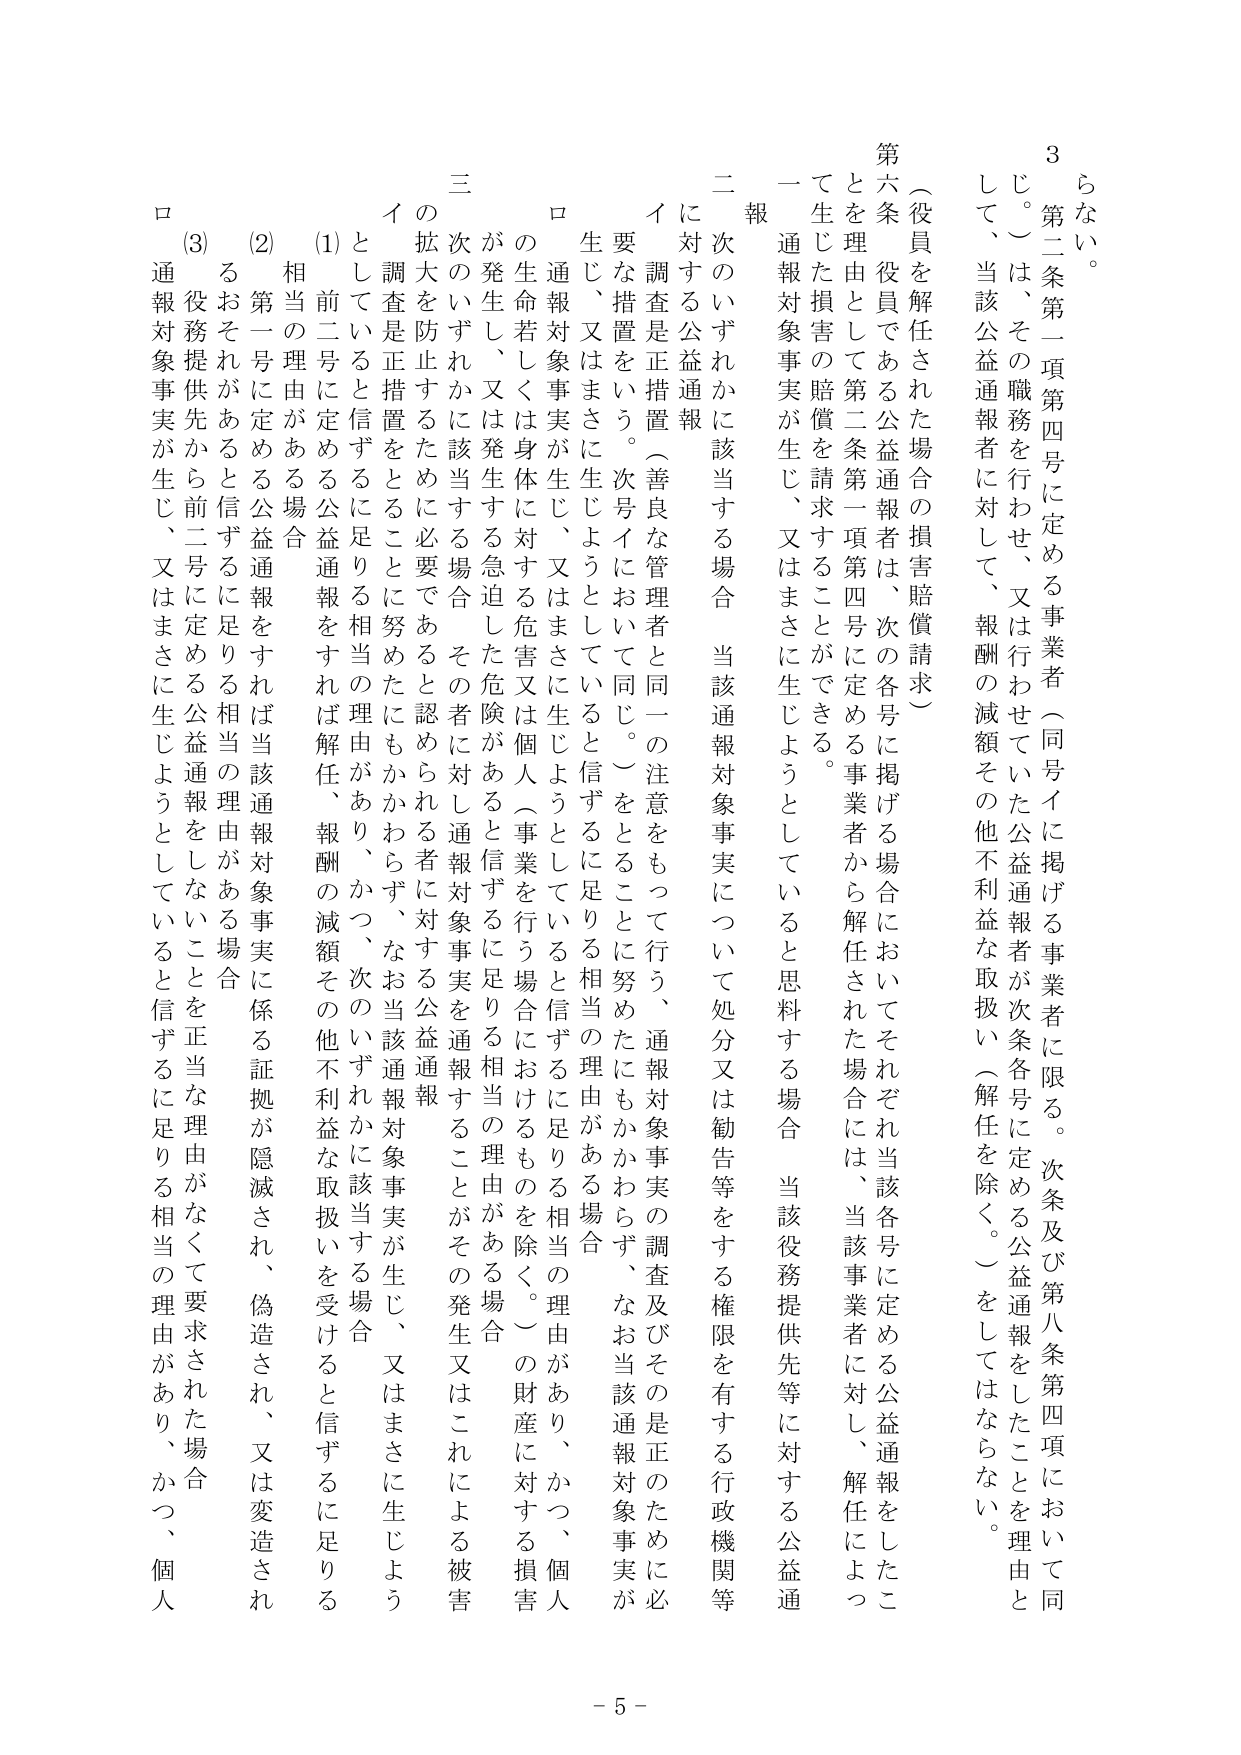
らない。

３ 第二条第一項第四号に定める事業者（同号イに掲げる事業者に限る。次条及び第八条第四項において同じ。）は、その職務を行わせ、又は行わせていた公益通報者が次条各号に定める公益通報をしたことを理由として、当該公益通報者に対して、報酬の減額その他不利益な取扱い（解任を除く。）をしてはならない。

（役員を解任された場合の損害賠償請求）

第六条 役員である公益通報者は、次の各号に掲げる場合においてそれぞれ当該各号に定める公益通報をしたことを理由として第二条第一項第四号に定める事業者から解任された場合には、当該事業者に対し、解任によって生じた損害の賠償を請求することができる。

一 通報対象事実が生じ、又はまさに生じようとしていると思料する場合 当該役務提供先等に対する公益通報

二 次のいずれかに該当する場合 当該通報対象事実について処分又は勧告等をする権限を有する行政機関等に対する公益通報

イ 調査是正措置（善良な管理者と同一の注意をもって行う、通報対象事実の調査及びその是正のために必要な措置をいう。次号イにおいて同じ。）をとることに努めたにもかかわらず、なお当該通報対象事実が生じ、又はまさに生じようとしていると信ずるに足りる相当の理由がある場合

ロ 通報対象事実が生じ、又はまさに生じようとしていると信ずるに足りる相当の理由があり、かつ、個人の生命若しくは身体に対する危害又は個人（事業を行う場合におけるものを除く。）の財産に対する損害が発生し、又は発生する急迫した危険があると信ずるに足りる相当の理由がある場合

三 次のいずれかに該当する場合 その者に対し通報対象事実を通報することがその発生又はこれによる被害の拡大を防止するために必要であると認められる者に対する公益通報

イ 調査是正措置をとることに努めたにもかかわらず、なお当該通報対象事実が生じ、又はまさに生じようとしていると信ずるに足りる相当の理由があり、かつ、次のいずれかに該当する場合

(1) 前二号に定める公益通報をすれば解任、報酬の減額その他不利益な取扱いを受けると信ずるに足りる相当の理由がある場合

(2) 第一号に定める公益通報をすれば当該通報対象事実に係る証拠が隠滅され、偽造され、又は変造されるおそれがあると信ずるに足りる相当の理由がある場合

(3) 役務提供先から前二号に定める公益通報をしないことを正当な理由がなくて要求された場合

ロ 通報対象事実が生じ、又はまさに生じようとしていると信ずるに足りる相当の理由があり、かつ、個人

- 5 -